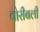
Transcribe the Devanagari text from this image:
वोरीबली